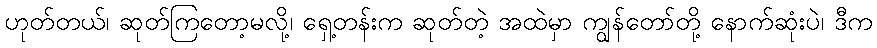
ဟုတ်တယ်၊ ဆုတ်ကြတော့မလို့၊ ရှေ့တန်းက ဆုတ်တဲ့ အထဲမှာ ကျွန်တော်တို့ နောက်ဆုံးပဲ၊ ဒီက